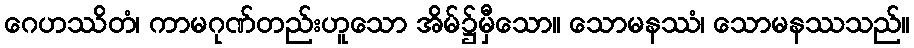
ဂေဟဿိတံ၊ ကာမဂုဏ်တည်းဟူသော အိမ်၌မှီသော။ သောမနဿံ၊ သောမနဿသည်။